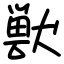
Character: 獣